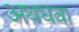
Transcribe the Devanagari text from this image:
अथधवा